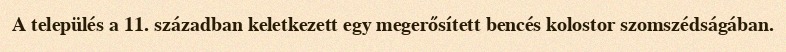
A település a 11. században keletkezett egy megerősített bencés kolostor szomszédságában.